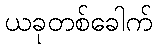
ယခုတစ်ခေါက်